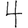
Digit: 4